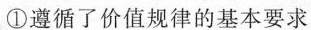
①遵循了价值规律的基本要求